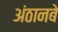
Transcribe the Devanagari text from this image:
अंठानबे